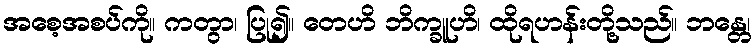
အစေ့အစပ်ကို။ ကတွာ၊ ပြု၍။ တေဟိ ဘိက္ခူဟိ၊ ထိုရဟန်းတို့သည်။ ဘန္တေ၊